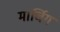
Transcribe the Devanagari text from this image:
मार्चिग